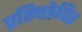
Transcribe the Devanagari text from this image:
प्रतिच्छेदित